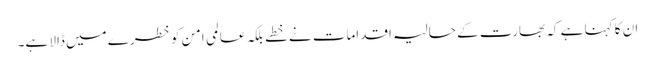
ان کا کہنا ہے کہ بھارت کے حالیہ اقدامات نے خطے بلکہ عالمی امن کو خطرے میں ڈالا ہے۔